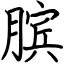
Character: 膑